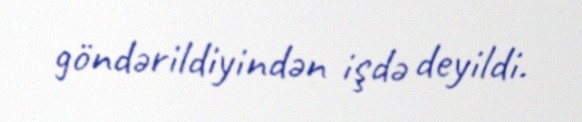
göndərildiyindən işdə deyildi.